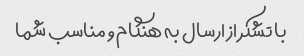
با تشکر از ارسال به هنگام و مناسب شما